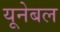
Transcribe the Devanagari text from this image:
यूनेबल